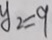
y _ { 2 } = 9